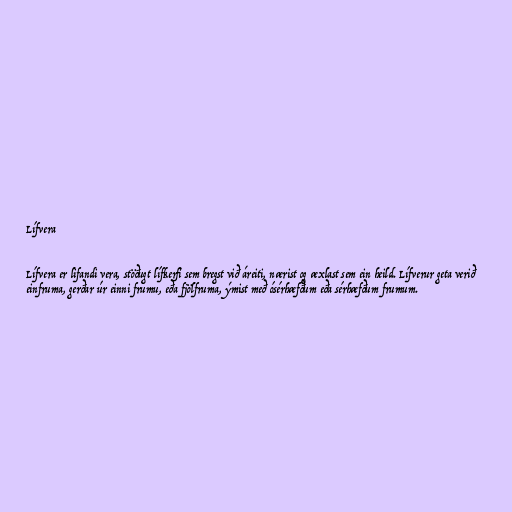
Lífvera

Lífvera er lifandi vera, stöðugt lífkerfi sem bregst við áreiti, nærist og æxlast sem ein heild. Lífverur geta verið
einfruma, gerðar úr einni frumu, eða fjölfruma, ýmist með ósérhæfðum eða sérhæfðum frumum.